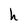
Character: h